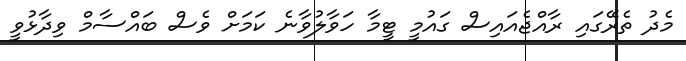
މެދު ތެރޭގައި ރާއްޖެއައިސް ގައުމީ ޓީމާ ހަވާލުވާނެ ކަމަށް ވެސް ބައްސާމް ވިދާޅުވީ